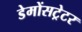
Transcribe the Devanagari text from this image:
डेमोंसट्रेटर